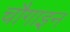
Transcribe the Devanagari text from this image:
चौगाइन